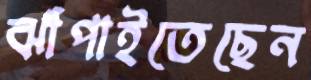
ঝাঁপাইতেছেন